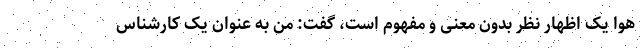
هوا یک اظهار نظر بدون معنی و مفهوم است، گفت: من به عنوان یک کارشناس